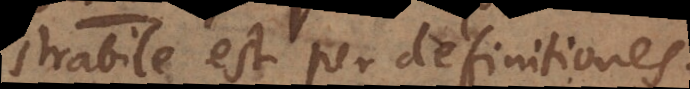
trabile est per definitiones.